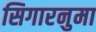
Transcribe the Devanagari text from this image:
सिगारनुमा